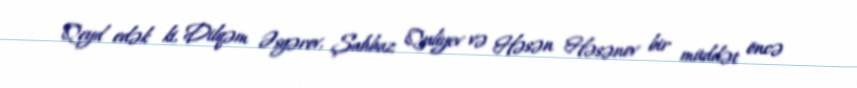
Qeyd edək ki, Dilqəm Əsgərov, Şahbaz Quliyev və Həsən Həsənov bir müddət öncə